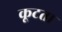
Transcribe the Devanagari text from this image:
कूटता